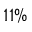
1 1 \%